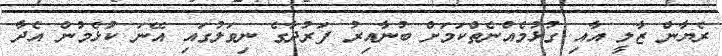
ރެޔާން ޒާލީ އާއި ގުޅުމެއްނެތްކަމަށް ބުނާއިރު ފަރުދާގެ ނިވަލުގައި އޭނަ ކުޅެމުން އެދާ